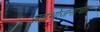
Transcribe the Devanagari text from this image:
सहभोजनाचा